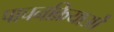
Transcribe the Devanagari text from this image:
पाचनक्रियाओं